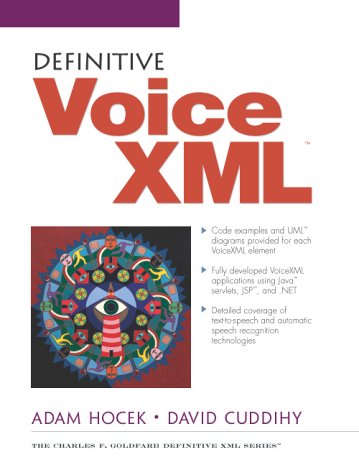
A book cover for Definitive VoiceXML; Adam Hocek; Computers & Technology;